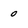
Character: 0